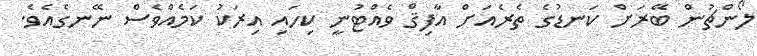
ލޯންޗުން ބޭރަށް ކަނޑުގެ ތެރެއަށް އާފިޤް ވެއްޓުނީ ކިހައި އިރަކު ކަމެއްވެސް ނޭނގެއެވެ.